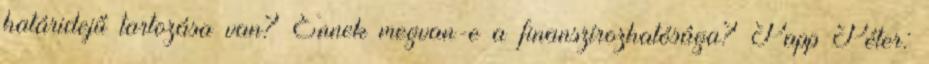
határidejű tartozása van? Ennek megvan-e a finanszírozhatósága? Papp Péter: